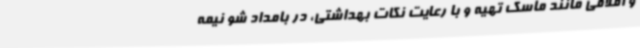
و اقلامی مانند ماسک تهیه و با رعایت نکات بهداشتی، در بامداد شو نیمه